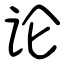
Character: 论